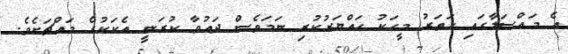
އެ މައްސަލާގައި ހަތަރު މީހަކު ހައްޔަރުކުރި ނަމަވެސް ދައުވާ ކުރަނީ އެކަކުގެ މައްޗަށެވެ.